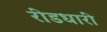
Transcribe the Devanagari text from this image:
रीडधारी